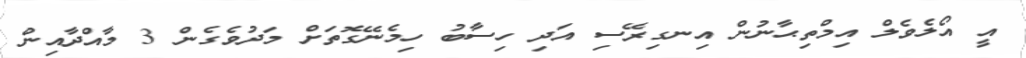
އީ އޯލެވެލް އިމްތިޙާނުން އިނގިރޭސި އަދި ހިސާބު ހިމެނޭގޮތަށް މަދުވެގެން 3 މާއްދާއިން